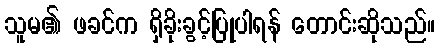
သူမ၏ ဖခင်က ရှိခိုးခွင့်ပြုပါရန် တောင်းဆိုသည်။